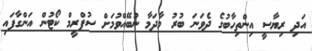
އަދި ރިޔާސީ އިންތިހާބުގެ ދެވަނަ ބުރު މާދަމާ ނުބޭއްވުމަށް ސުޕްރީމް ކޯޓުން އަންގާފައި